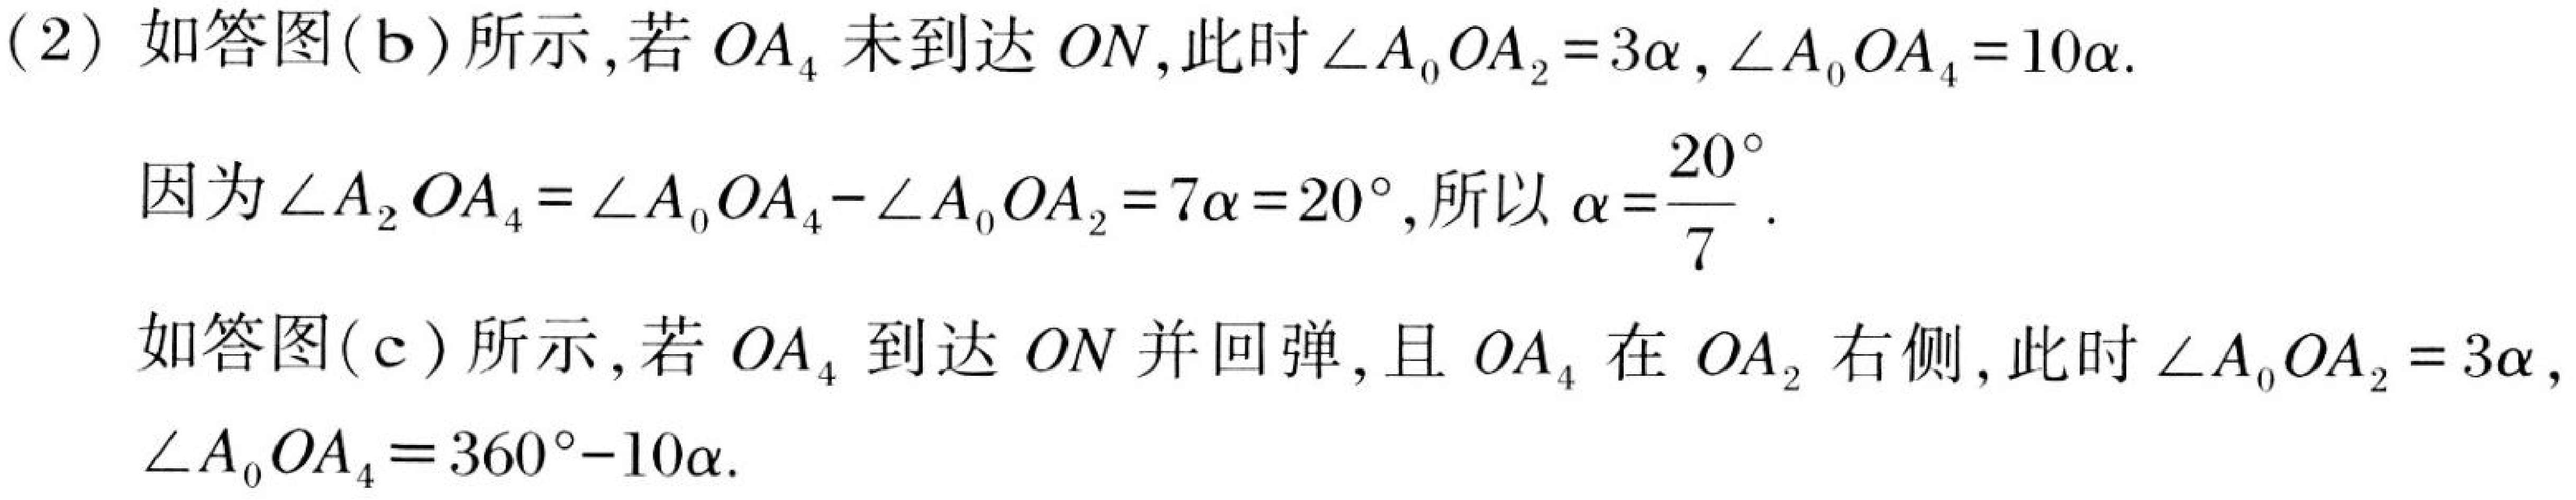
(2) 如答图(b)所示，若 \(OA_{4}\) 未到达 \(ON\)，此时 \(\angle A_{0}OA_{2}=3\alpha\)，\(\angle A_{0}OA_{4}=10\alpha\).
因为 \(\angle A_{2}OA_{4}=\angle A_{0}OA_{4}-\angle A_{0}OA_{2}=7\alpha = 20^{\circ}\)，所以 \(\alpha=\frac{20^{\circ}}{7}\).
如答图(c)所示，若 \(OA_{4}\) 到达 \(ON\) 并回弹，且 \(OA_{4}\) 在 \(OA_{2}\) 右侧，此时 \(\angle A_{0}OA_{2}=3\alpha\)，
\(\angle A_{0}OA_{4}=360^{\circ}-10\alpha\).